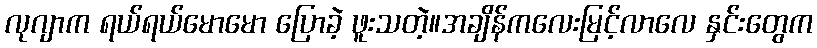
လုဂျာက ရယ်ရယ်မောမော ပြောခဲ့ ဖူးသတဲ့။အချိန်ကလေးမြင့်လာလေ နှင်းတွေက